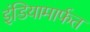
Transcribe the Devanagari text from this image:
इंडियामार्फत